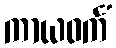
ကာယဝင်္ကံ